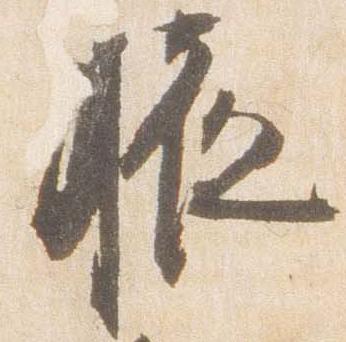
腋